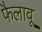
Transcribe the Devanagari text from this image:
फैलावू